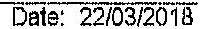
DATE: 22/03/2018